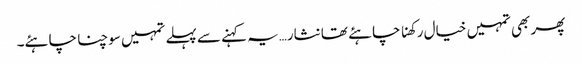
پھر بھی تمہیں خیال رکھنا چاہئے تھا نثار…یہ کہنے سے پہلے تمہیں سوچنا چاہئے۔